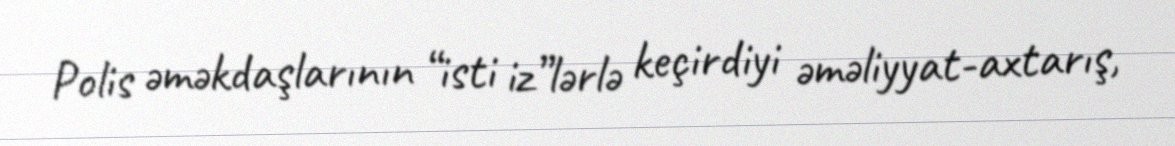
Polis əməkdaşlarının “isti iz”lərlə keçirdiyi əməliyyat-axtarış,